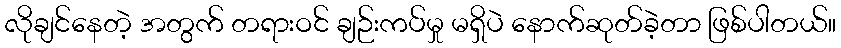
လိုချင်နေတဲ့ အတွက် တရားဝင် ချဉ်းကပ်မှု မရှိပဲ နောက်ဆုတ်ခဲ့တာ ဖြစ်ပါတယ်။